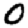
Digit: 0